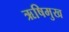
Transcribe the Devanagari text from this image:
ऋषिमुख